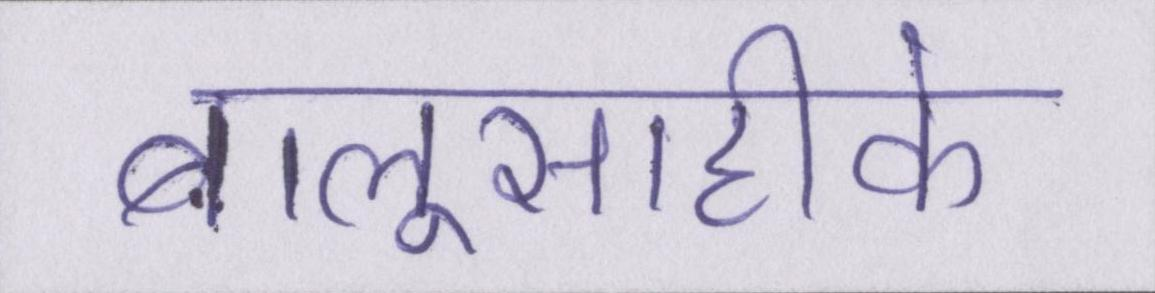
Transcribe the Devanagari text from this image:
बालूसाहीके